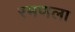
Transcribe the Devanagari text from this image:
रमणला